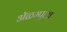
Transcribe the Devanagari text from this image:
ॲळम्पुला